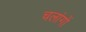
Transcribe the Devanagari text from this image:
चलांगों